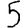
Digit: 5